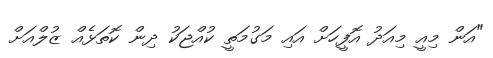
"އަން މިއީ މިއަދު އޮފީހަށް އައި މަގުމަތީ ކުއްޖަކު ދިން ކޮތަޅެއް ޒުލްއަށް